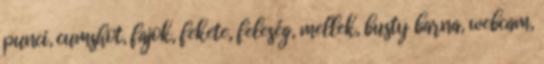
punci, cumshot, fajok, fekete, feleség, mellek, busty barna, webcam,